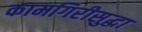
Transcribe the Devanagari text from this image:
कामगिरीसुद्धा